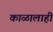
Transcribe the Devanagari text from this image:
काळालाही